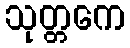
သုတ္တကေ